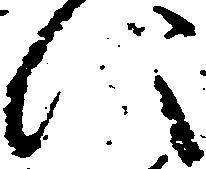
に